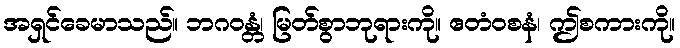
အရှင်ခေမာသည်။ ဘဂဝန္တံ၊ မြတ်စွာဘုရားကို။ ဧတံဝစနံ၊ ဤစကားကို။